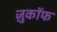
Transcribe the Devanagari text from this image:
ज़ुकाॅफ